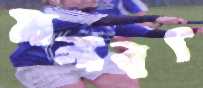
মাল্যবৎ